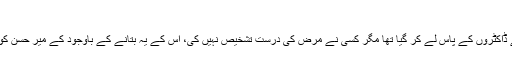
فوٹو: اے ایف پی
صفدر ابڑو نے بتایا کے وہ اپنے بچے کو شکار پور میں بہت سے ڈاکٹروں کے پاس لے کر گیا تھا مگر کسی نے مرض کی درست تشخیص نہیں کی، اس کے یہ بتانے کے باوجود کے میر حسن کو کتے نے کاٹا تھا ڈاکٹر اس کو بخار کم کرنے کی دوا دیتے رہے۔